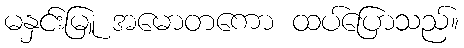
မနှင်းမြူ အမောတကော ထပ်ပြောသည်။